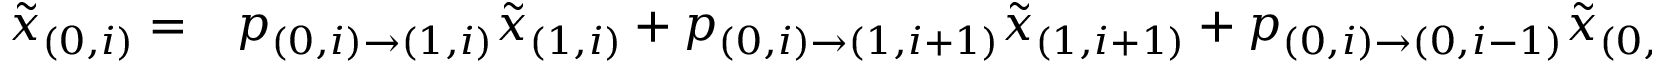
\begin{array} { r l } { \tilde { x } _ { ( 0 , i ) } = } & { { } p _ { ( 0 , i ) \to ( 1 , i ) } \tilde { x } _ { ( 1 , i ) } + p _ { ( 0 , i ) \to ( 1 , i + 1 ) } \tilde { x } _ { ( 1 , i + 1 ) } + p _ { ( 0 , i ) \to ( 0 , i - 1 ) } \tilde { x } _ { ( 0 , i - 1 ) } } \end{array}